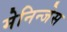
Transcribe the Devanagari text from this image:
मेनिन्जेस